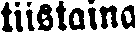
tiistaina